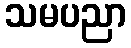
သမပညာ